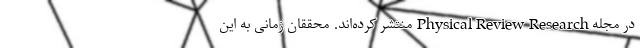
در مجله Physical Review Research منتشر کرده‌اند. محققان زمانی به این